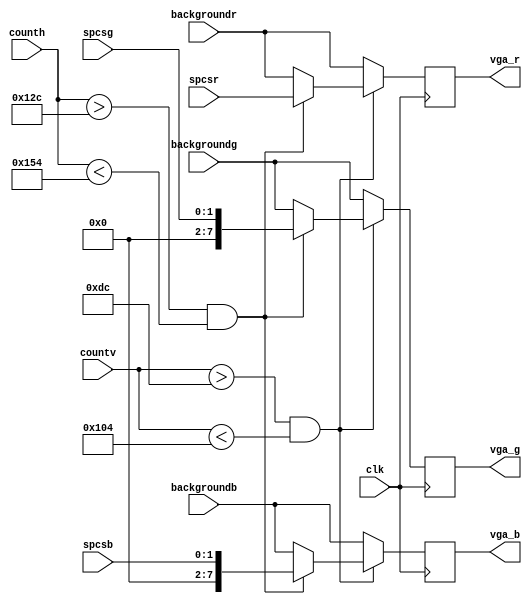
module vga_pixel_generator(
    input clk,                    // Clock input
    input wire [10:0] counth,     // Horizontal counter input
    input wire [10:0] countv,     // Vertical counter input
    input wire [7:0] spcsr,       // Red component of spaceship color
    input wire [7:8] spcsg,       // Green component of spaceship color
    input wire [7:8] spcsb,       // Blue component of spaceship color
    input wire [7:0] backgroundr, // Red component of background color
    input wire [7:0] backgroundg, // Green component of background color
    input wire [7:0] backgroundb, // Blue component of background color
    output reg [7:0] vga_r,       // Red component of VGA output
    output reg [7:0] vga_g,       // Green component of VGA output
    output reg [7:0] vga_b        // Blue component of VGA output
);

// Always block triggered on the negative edge of the clock
always @(negedge clk) begin
    // Check if the current pixel is within the vertical range of the spaceship
    if (countv > 220 && countv < 260) begin 
        // Check if the current pixel is within the horizontal range of the spaceship
        if (counth > 300 && counth < 340) begin
            // Set VGA output to spaceship color if within the spaceship area
            vga_r <= spcsr;
            vga_g <= spcsg;
            vga_b <= spcsb;
        end else begin 
            // Set VGA output to background color if outside the spaceship area
            vga_r <= backgroundr;
            vga_g <= backgroundg;
            vga_b <= backgroundb;
        end
    end else begin 
        // Set VGA output to background color if outside the vertical range of the spaceship
        vga_r <= backgroundr;
        vga_g <= backgroundg;
        vga_b <= backgroundb;
    end
end

endmodule